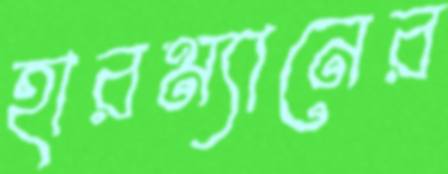
হারম্যানের